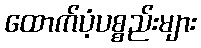
ထောက်ပံ့ပစ္စည်းများ